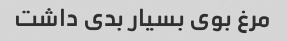
مرغ بوی بسیار بدی داشت